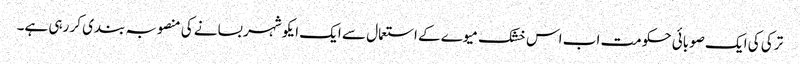
ترکی کی ایک صوبائی حکومت اب اس خشک میوے کے استعمال سے ایک ایکو شہر بسانے کی منصوبہ بندی کر رہی ہے۔